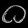
Digit: ၀